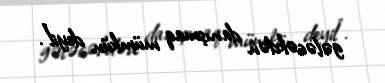
gələcəkdən danışmaq mümkün deyil”.